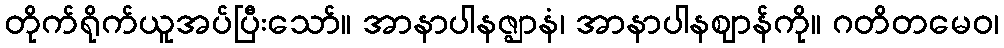
တိုက်ရိုက်ယူအပ်ပြီးသော်။ အာနာပါနဇ္ဈာနံ၊ အာနာပါနဈာန်ကို။ ဂတိတမေဝ၊